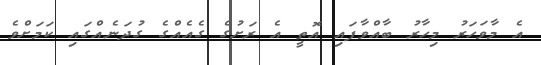
އެ މާވަހަރު މިހާރު ބާއްވާފައި އޮތީ އެ ރަށުގެ ގެއެއްގެ ގުދަނެއްގައި ކަމަށްވެ